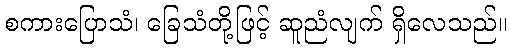
စကားပြောသံ၊ ခြေသံတို့ဖြင့် ဆူညံလျက် ရှိလေသည်။